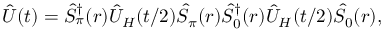
\begin{array} { r } { \hat { U } ( t ) = \hat { S } _ { \pi } ^ { \dagger } ( r ) \hat { U } _ { H } ( t / 2 ) \hat { S } _ { \pi } ( r ) \hat { S } _ { 0 } ^ { \dagger } ( r ) \hat { U } _ { H } ( t / 2 ) \hat { S } _ { 0 } ( r ) , } \end{array}